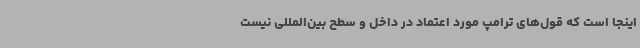
اینجا است که قول‌های ترامپ مورد اعتماد در داخل و سطح بین‌المللی نیست